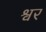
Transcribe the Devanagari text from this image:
श्वर